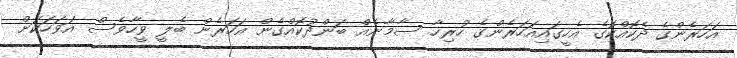
އަހަރެންގެ ދެކޮއްކޮގެ އެހީގައިއަހަރެންގެ ހުރިހާ ސާމާނެއް ބަންދުކޮއްގެން އަހަރެން ބެލީ ވީހާވެސް އަވަހަކަށް